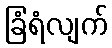
ခြံရံလျက်